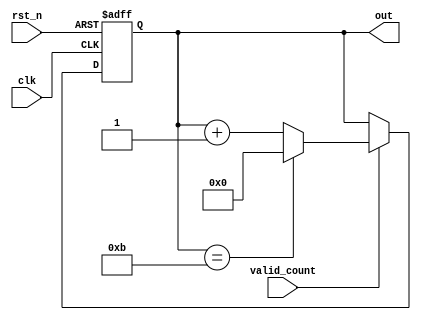
module counter_12 (
    input rst_n,
    input clk,
    input valid_count,
    output reg [3:0] out
);

    // Define the maximum count value as a parameter for easy changes
    parameter MAX_COUNT = 4'd11;

    always @(posedge clk or negedge rst_n) begin
        if (!rst_n) begin
            // Active low reset signal
            out <= 4'b0000;
        end else if (valid_count) begin
            // Only increment the counter if valid_count is high
            if (out == MAX_COUNT) begin
                // Reset to 0 if the counter reaches the maximum count value
                out <= 4'b0000;
            end else begin
                // Increment the counter
                out <= out + 1;
            end
        end
        // If valid_count is 0, do nothing (counter is paused)
    end

endmodule